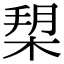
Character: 𣓞